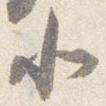
小